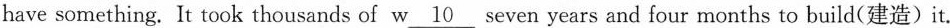
have something. It took thousands of w\underline{10} seven years and four months to build(建造)it.